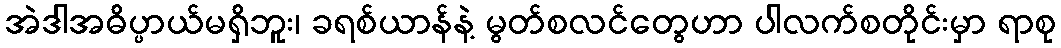
အဲဒါအဓိပ္ပာယ်မရှိဘူး၊ ခရစ်ယာန်နဲ့ မွတ်စလင်တွေဟာ ပါလက်စတိုင်းမှာ ရာစု